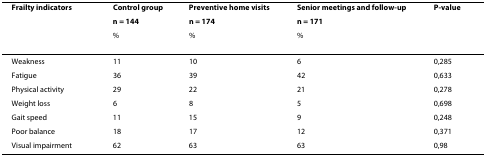
<table><thead><tr><td><b>Frailty indicators</b></td><td><b>Control group</b></td><td><b>Preventive home visits</b></td><td><b>Senior meetings and follow-up</b></td><td><b>P-value</b></td></tr><tr><td></td><td><b>n = 144</b></td><td><b>n = 174</b></td><td><b>n = 171</b></td><td></td></tr><tr><td></td><td><b>%</b></td><td><b>%</b></td><td><b>%</b></td><td></td></tr></thead><tbody><tr><td>Weakness</td><td>11</td><td>10</td><td>6</td><td>0,285</td></tr><tr><td>Fatigue</td><td>36</td><td>39</td><td>42</td><td>0,633</td></tr><tr><td>Physical activity</td><td>29</td><td>22</td><td>21</td><td>0,278</td></tr><tr><td>Weight loss</td><td>6</td><td>8</td><td>5</td><td>0,698</td></tr><tr><td>Gait speed</td><td>11</td><td>15</td><td>9</td><td>0,248</td></tr><tr><td>Poor balance</td><td>18</td><td>17</td><td>12</td><td>0,371</td></tr><tr><td>Visual impairment</td><td>62</td><td>63</td><td>63</td><td>0,98</td></tr></tbody></table>